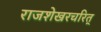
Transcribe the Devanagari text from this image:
राजशेखरचरित्